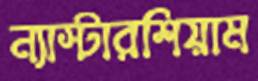
ন্যাস্টারশিয়াম